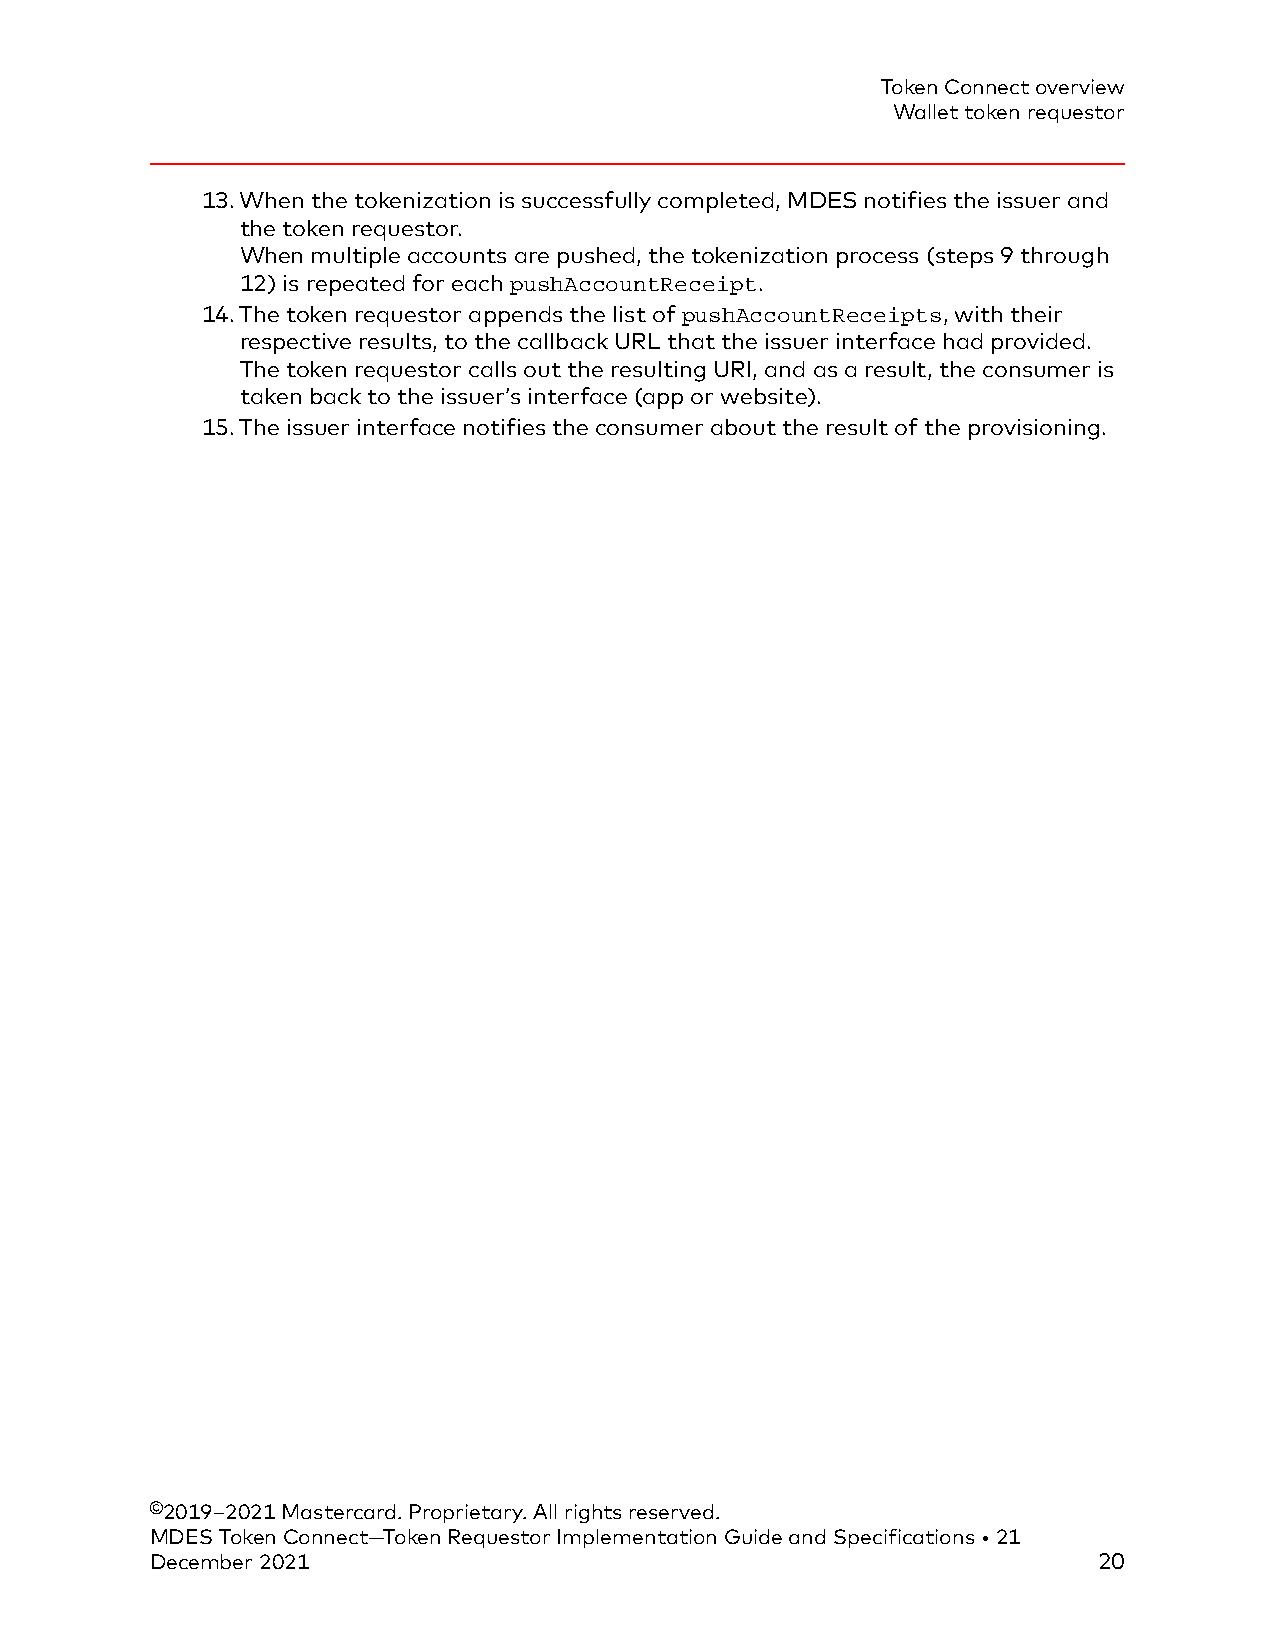
Token Connect overview
 Wallet token requestor
 13.When the tokenization is successfully completed, MDES notifies the issuer and
 the token requestor.
 When multiple accounts are pushed, the tokenization process (steps 9 through
 12) is repeated for each pushAccountReceipt.
 14.The token requestor appends the list of pushAccountReceipts, with their
 respective results, to the callback URL that the issuer interface had provided.
 The token requestor calls out the resulting URI, and as a result, the consumer is
 taken back to the issuer’s interface (app or website).
 15.The issuer interface notifies the consumer about the result of the provisioning.
 ©2019–2021 Mastercard. Proprietary. All rights reserved.
 MDES Token Connect—Token Requestor Implementation Guide and Specifications • 21
 December 2021                                                  20